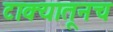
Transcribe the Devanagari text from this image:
टाक्यातूनच